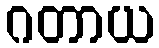
ဂတာယ